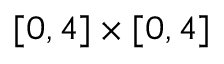
[ 0 , 4 ] \times [ 0 , 4 ]